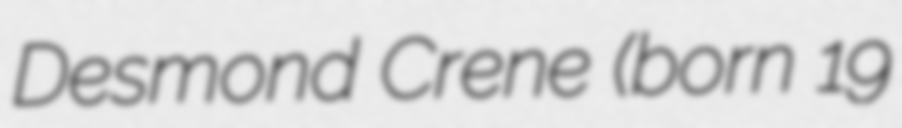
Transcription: Desmond Crene (born 19